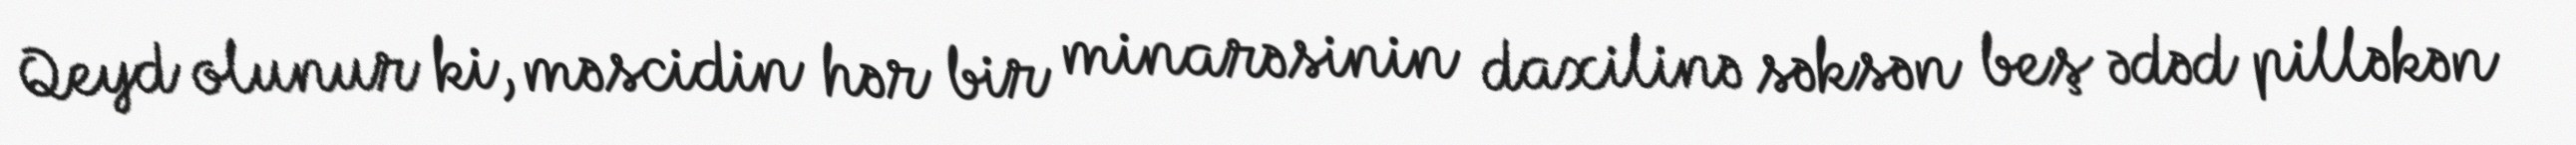
Qeyd olunur ki, məscidin hər bir minarəsinin daxilinə səksən beş ədəd pilləkən